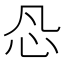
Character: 𰐽